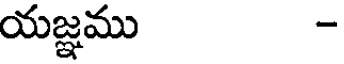
యజ్ఞము -